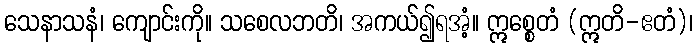
သေနာသနံ၊ ကျောင်းကို။ သစေလဘတိ၊ အကယ်၍ရအံ့။ ဣစ္စေတံ (ဣတိ-ဧတံ)၊